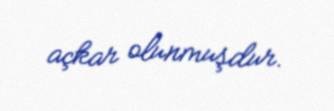
açkar olunmuşdur.